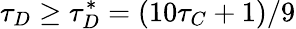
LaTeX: \tau_{D}\geq\tau_{D}^{*}=(10\tau_{C}+1)/9